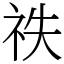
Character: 祑